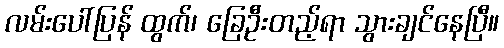
လမ်းပေါ်ပြန် ထွက်၊ ခြေဦးတည့်ရာ သွားချင်နေပြီ။